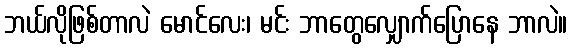
ဘယ်လိုဖြစ်တာလဲ မောင်လေး၊ မင်း ဘာတွေလျှောက်ပြောနေ ဘာလဲ။